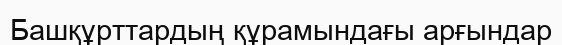
Башқұрттардың құрамындағы арғындар